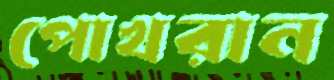
পোখরান